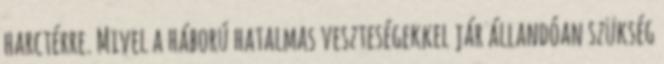
harctérre. Mivel a háború hatalmas veszteségekkel jár állandóan szükség